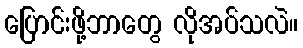
ပြောင်းဖို့ဘာတွေ လိုအပ်သလဲ။